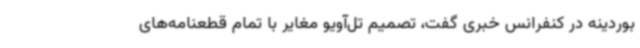
بوردینه در کنفرانس خبری گفت، تصمیم تل‌آویو مغایر با تمام قطعنامه‌های